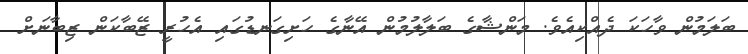
ބަލަމުން ވާހަކަ ދެއްކިއެވެ. މަންޝާގެ ބަލާލުމުން އޭނާގެ ހަށިގަނޑުގައި އެހުރީ ޒޭބާކަން ޒިބާނަށް